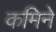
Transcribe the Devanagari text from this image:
कमिने